65_HS1-834228961_62-HQ-83894_Section_5
Agency: FBI
Page 67
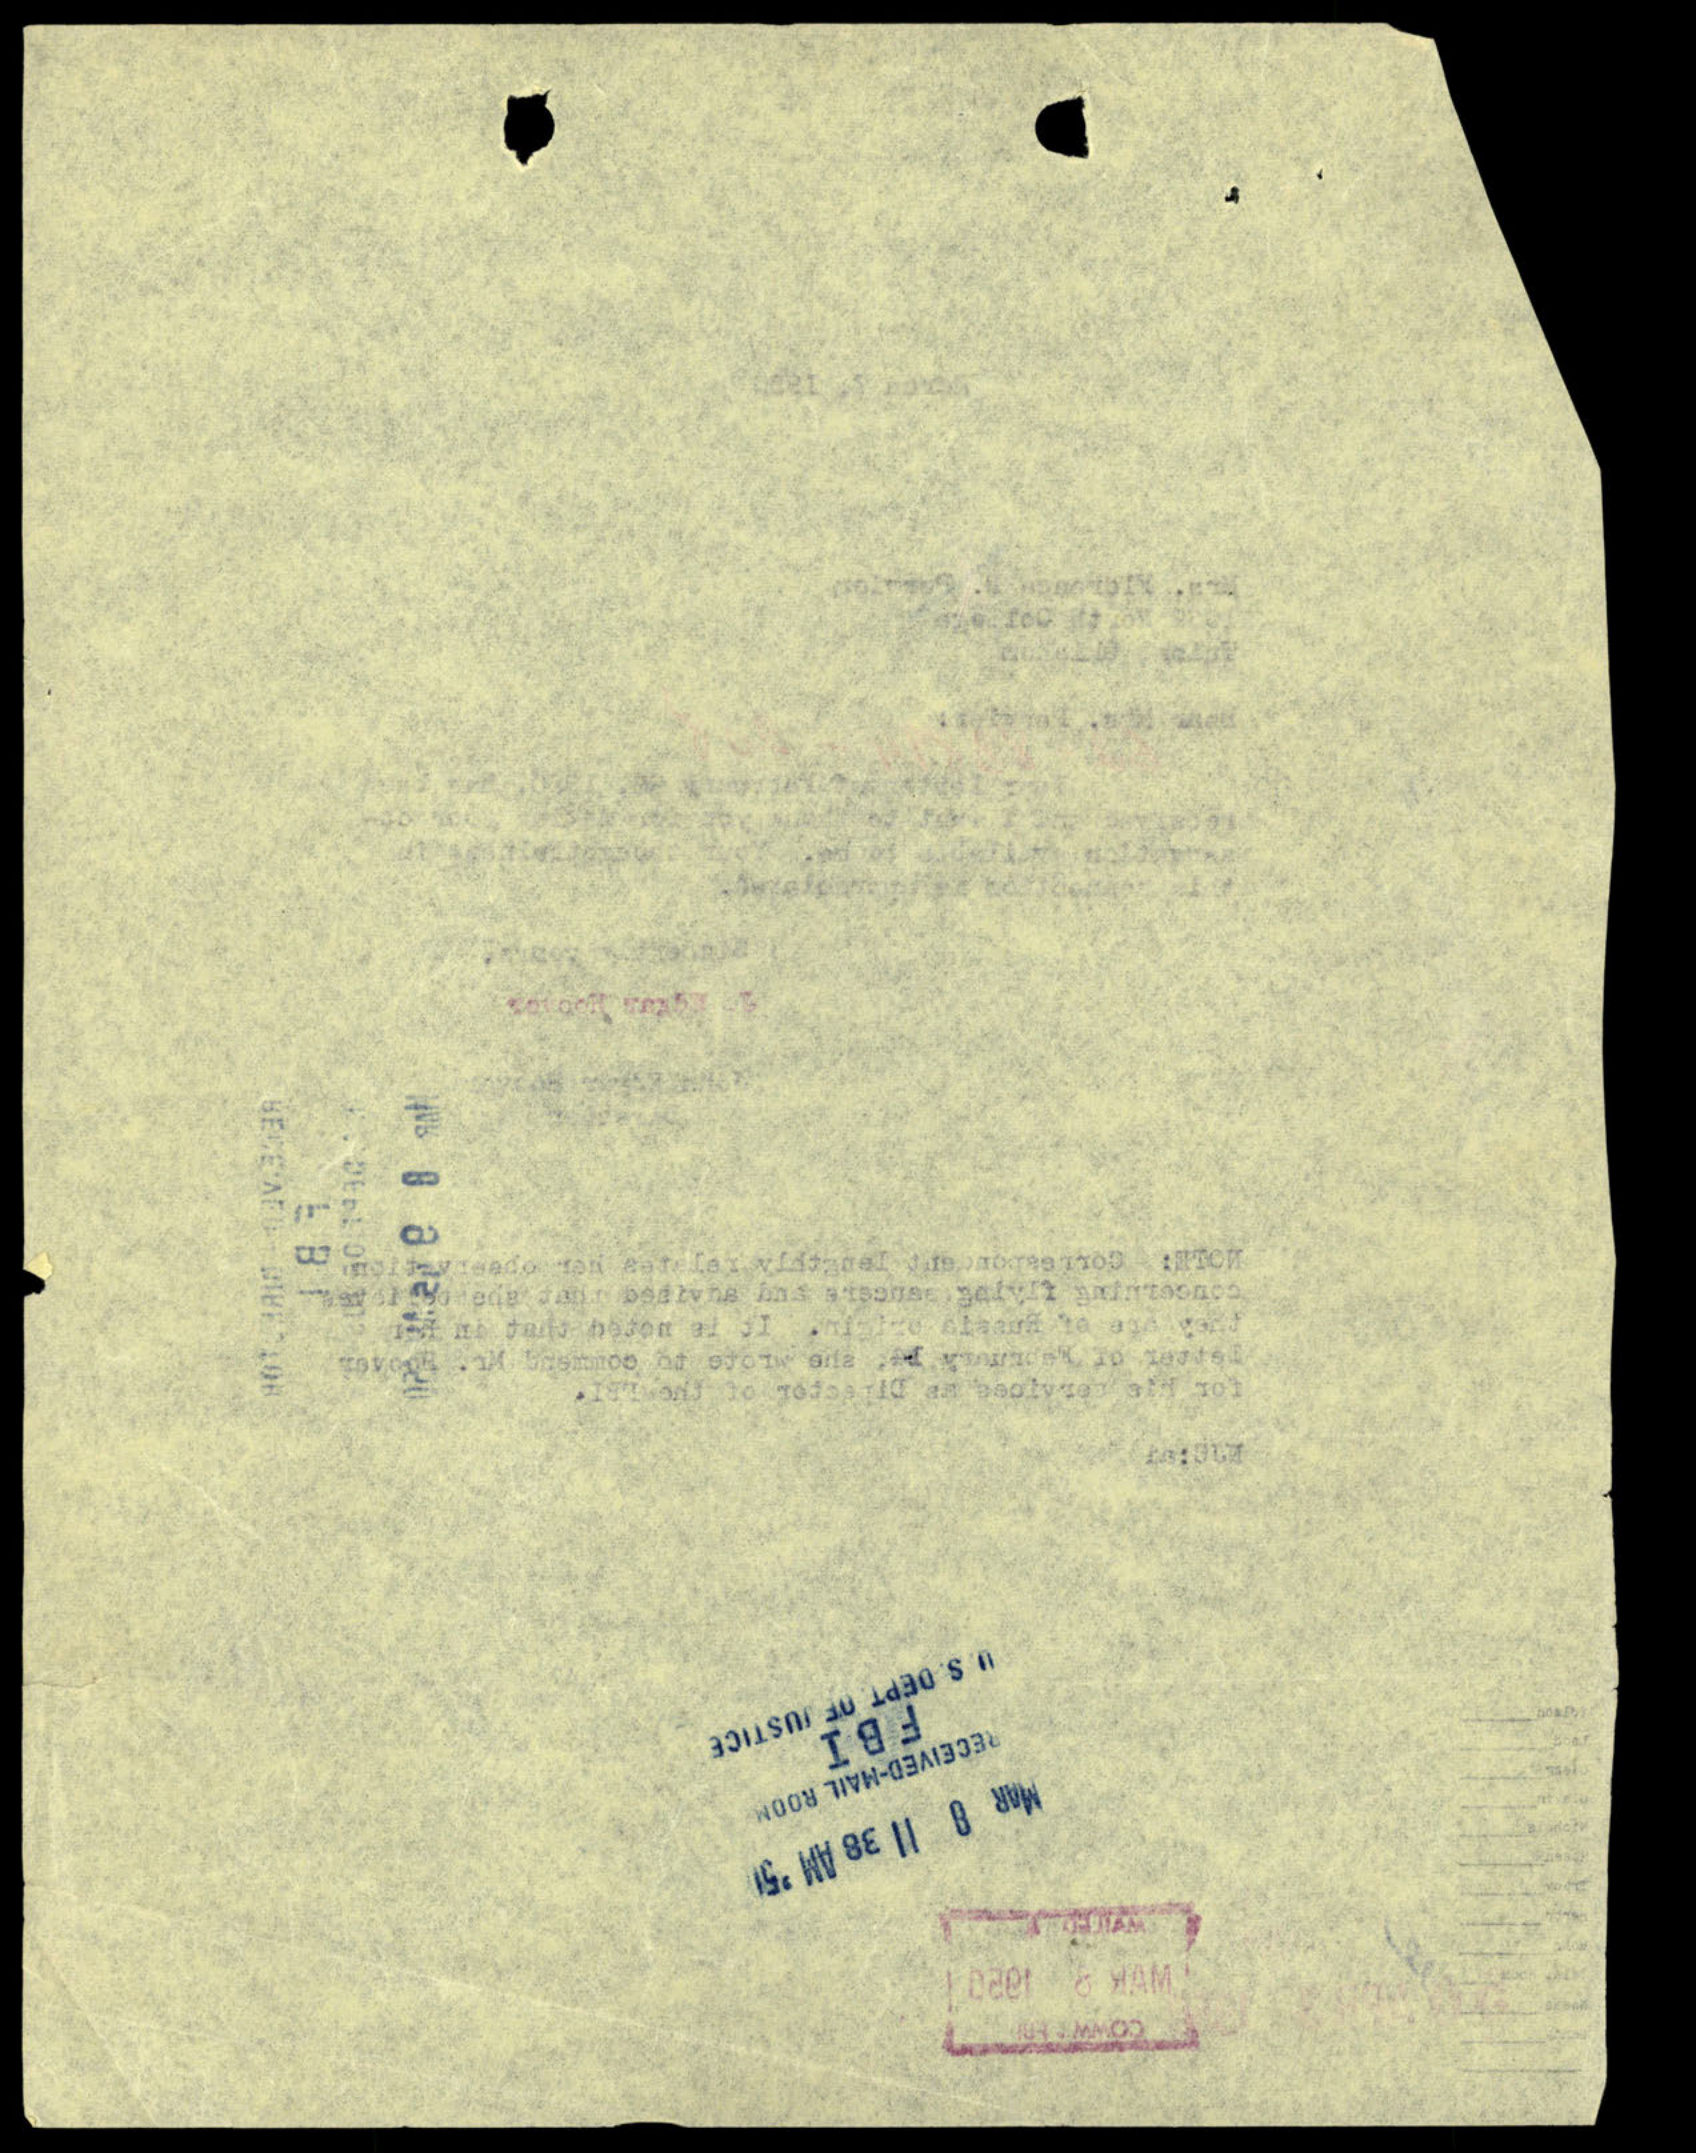